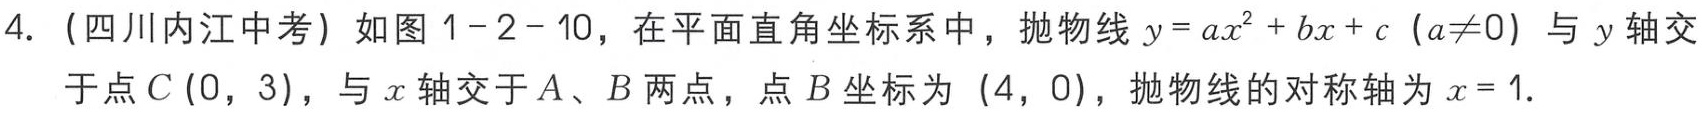
4.（四川内江中考）如图1 - 2 - 10，在平面直角坐标系中，抛物线\(y = ax^{2}+bx + c\ (a\neq0)\)与\(y\)轴交于点\(C(0,3)\)，与\(x\)轴交于\(A\)、\(B\)两点，点\(B\)坐标为\((4,0)\)，抛物线的对称轴为\(x = 1\).